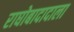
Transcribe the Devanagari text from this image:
राघोबादादाला